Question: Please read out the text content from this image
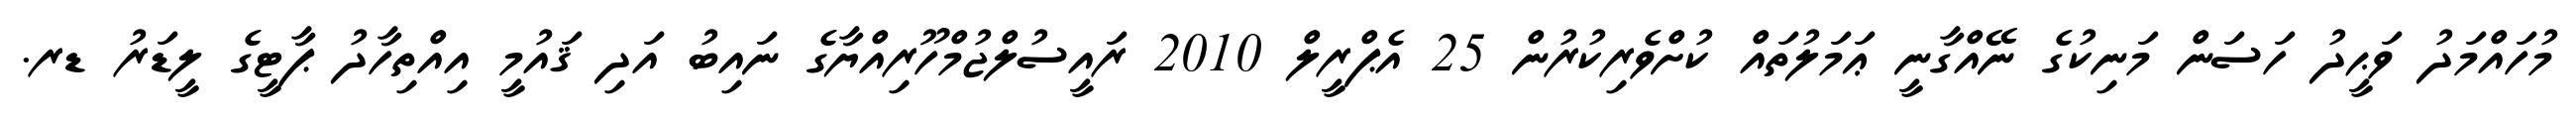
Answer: މުހައްމަދު ވަޙީދު ހަސަން މަނިކުގެ ނޭއްގާނީ ޢަމަލުތައް ކުށްވެރިކުރުން 25 އެޕްރީލް 2010 ރައީސުލްޖުމްހޫރިއްޔާގެ ނައިބު އަދި ޤައުމީ އިއްތިހާދު ޕާޓީގެ ލީޑަރު ޑރ.